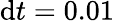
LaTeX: \mathrm{d}t=0.01